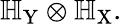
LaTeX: \mathbb{H}_{\mathrm{Y}}\otimes\mathbb{H}_{\mathrm{X}}.